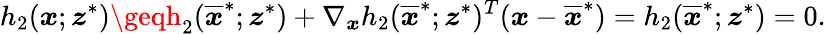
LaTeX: h_{2}(\boldsymbol{x};\boldsymbol{\mathit{z}}^{*})\geqh_{2}(\overline{{{\boldsymbol{x}}}}^{*};\boldsymbol{\mathit{z}}^{*})+\nabla_{\boldsymbol{x}}h_{2}(\overline{{{\boldsymbol{x}}}}^{*};\boldsymbol{\mathit{z}}^{*})^{T}(\boldsymbol{x}-\overline{{{\boldsymbol{x}}}}^{*})=h_{2}(\overline{{{\boldsymbol{x}}}}^{*};\boldsymbol{\mathit{z}}^{*})=0.